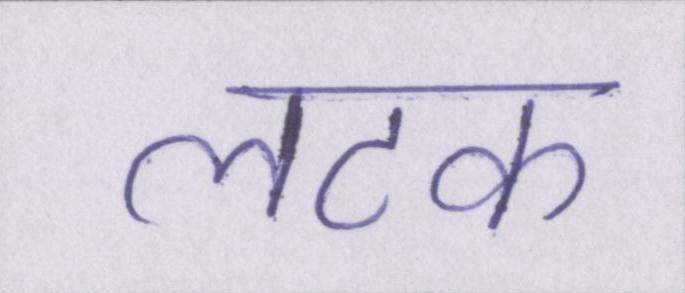
लटक